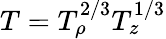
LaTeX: T=T_{\rho}^{2/3}T_{z}^{1/3}